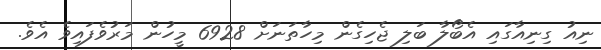
ނިއު ގިނިއާގައި އެބޯލާ ބަލި ޖެހިގެން މިހާތަނަށް 6928 މީހުން މަރުވެފައިވެ އެވެ.